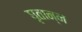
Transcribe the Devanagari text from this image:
घृतान्न